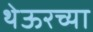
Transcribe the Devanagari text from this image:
थेऊरच्या